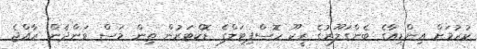
ކުރުމަށް އިންޑިއާގެ ބެންގަލޫރުގެ ރީކޫ ހޮސްޕިޓަލްގެ ޑޮކްޓަރުން ތިން މަސް ވަންދެން ރާއްޖެ